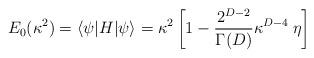
LaTeX: \begin{align*}E_0(\kappa^2)=\langle\psi|H|\psi\rangle=\kappa^2\left[ 1 - {2^{D-2} \over \Gamma(D)} \kappa^{D-4} \> \eta \right]\end{align*}